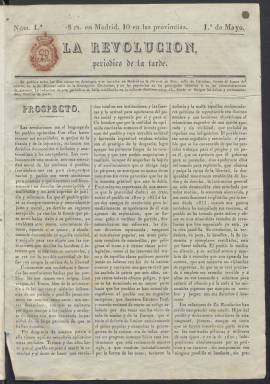
Título: La Revolución (Madrid. 1840)
Colección: Periódicos anteriores a 1850
Ámbito geográfico: Madrid
Lugar de publicación: Madrid
Fechas: 01/05/1840-06/05/1840